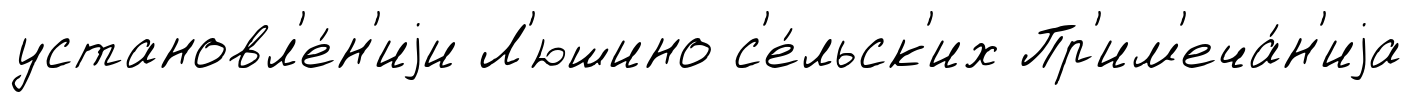
установл'е́н'иjи Л'юшино с'е́льск'их Пр'им'еча́н'иjа